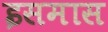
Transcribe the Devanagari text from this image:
इसमास